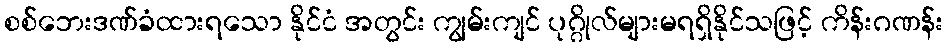
စစ်ဘေးဒဏ်ခံထားရသော နိုင်ငံ အတွင်း ကျွမ်းကျင် ပုဂ္ဂိုလ်များမရရှိနိုင်သဖြင့် ကိန်းဂဏန်း